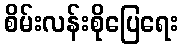
စိမ်းလန်းစိုပြေရေး